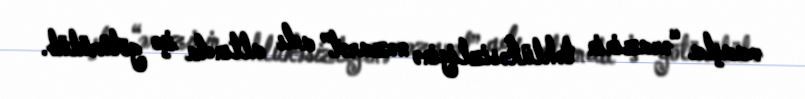
maaşla “ərazinin təhlükəsizliyinə nəzarət” adı altında işə götürülüb.